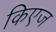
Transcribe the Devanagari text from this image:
किएज